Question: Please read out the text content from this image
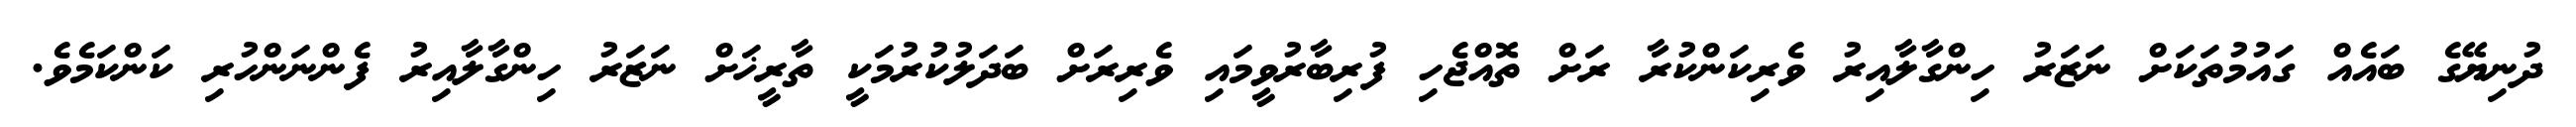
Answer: ދުނިޔޭގެ ބައެއް ގައުމުތަކަށް ނަޒަރު ހިންގާލާއިރު ވެރިކަންކުރާ ރަށް ތޮއްޖެހި ފުރިބާރުވީމައި ވެރިރަށް ބަދަލުކުރުމަކީ ތާރީޚަށް ނަޒަރު ހިންގާލާއިރު ފެންނަންހުރި ކަންކަމެވެ.